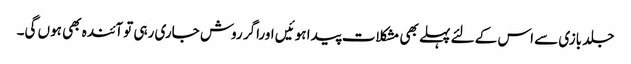
جلد بازی سے اس کے لئے پہلے بھی مشکلات پیدا ہوئیں اوراگر روش جاری رہی تو آئندہ بھی ہوں گی۔